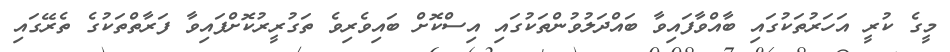
މީގެ ކުރީ އަހަރުތަކުގައި ބާއްވާފައިވާ ބައްދަލުވުންތަކުގައި އިސްކޮށް ބައިވެރިވެ ތަގުރީރުކޮށްފައިވާ ފަރާތްތަކުގެ ތެރޭގައި